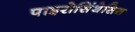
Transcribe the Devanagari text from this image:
पाइरोसिंथेसिस